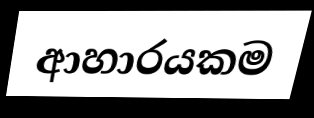
ආහාරයකම